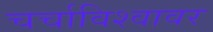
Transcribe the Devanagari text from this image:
चर्चाविश्वावर